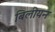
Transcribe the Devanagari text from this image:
बिलीयन